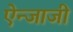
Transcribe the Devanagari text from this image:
ऐन्जाजी